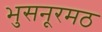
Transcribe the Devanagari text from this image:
भुसनूरमठ